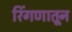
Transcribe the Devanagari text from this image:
रिंगणातून